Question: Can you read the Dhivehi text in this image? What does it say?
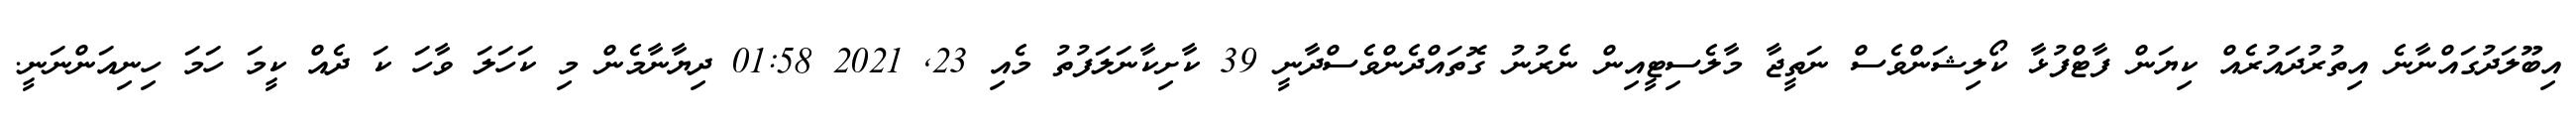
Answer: އިބޫލަދުގައްނާނެ އިތުރުދައުރެއް ކިޔަން ފާޓްފުޅާ ކޯލިޝަންވެސް ނަތީޖާ މާލެސިޓީއިން ނެރުނު ގޮތައްދެންވެސްދާނީ 39 ކާށިކާނަލަފުތު މެއި 23, 2021 01:58 ދިޔާނާމެން މި ކަހަލަ ވާހަ ކަ ދެއް ކީމަ ހަމަ ހިނިއަންނަނީ.